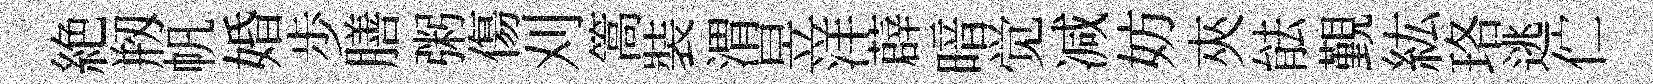
絶剏帆婚歩膳粥傷刈篙裝渭昱洋薜暗觉减妨夾䏻覲紘珞逃伫